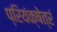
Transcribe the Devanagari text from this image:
प्रियंक्षेत्रं